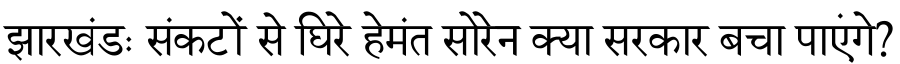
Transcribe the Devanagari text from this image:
झारखंडः संकटों से घिरे हेमंत सोरेन क्या सरकार बचा पाएंगे?